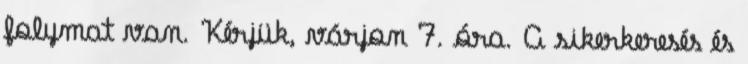
folymat van. Kérjük, várjon 7. óra. A sikerkeresés és